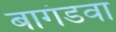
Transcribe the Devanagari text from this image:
बागंडवा